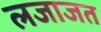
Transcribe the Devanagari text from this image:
लजाजत